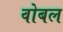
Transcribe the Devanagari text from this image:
वोबल